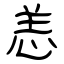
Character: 恙